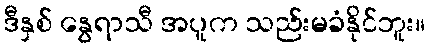
ဒီနှစ် နွေရာသီ အပူက သည်းမခံနိုင်ဘူး။